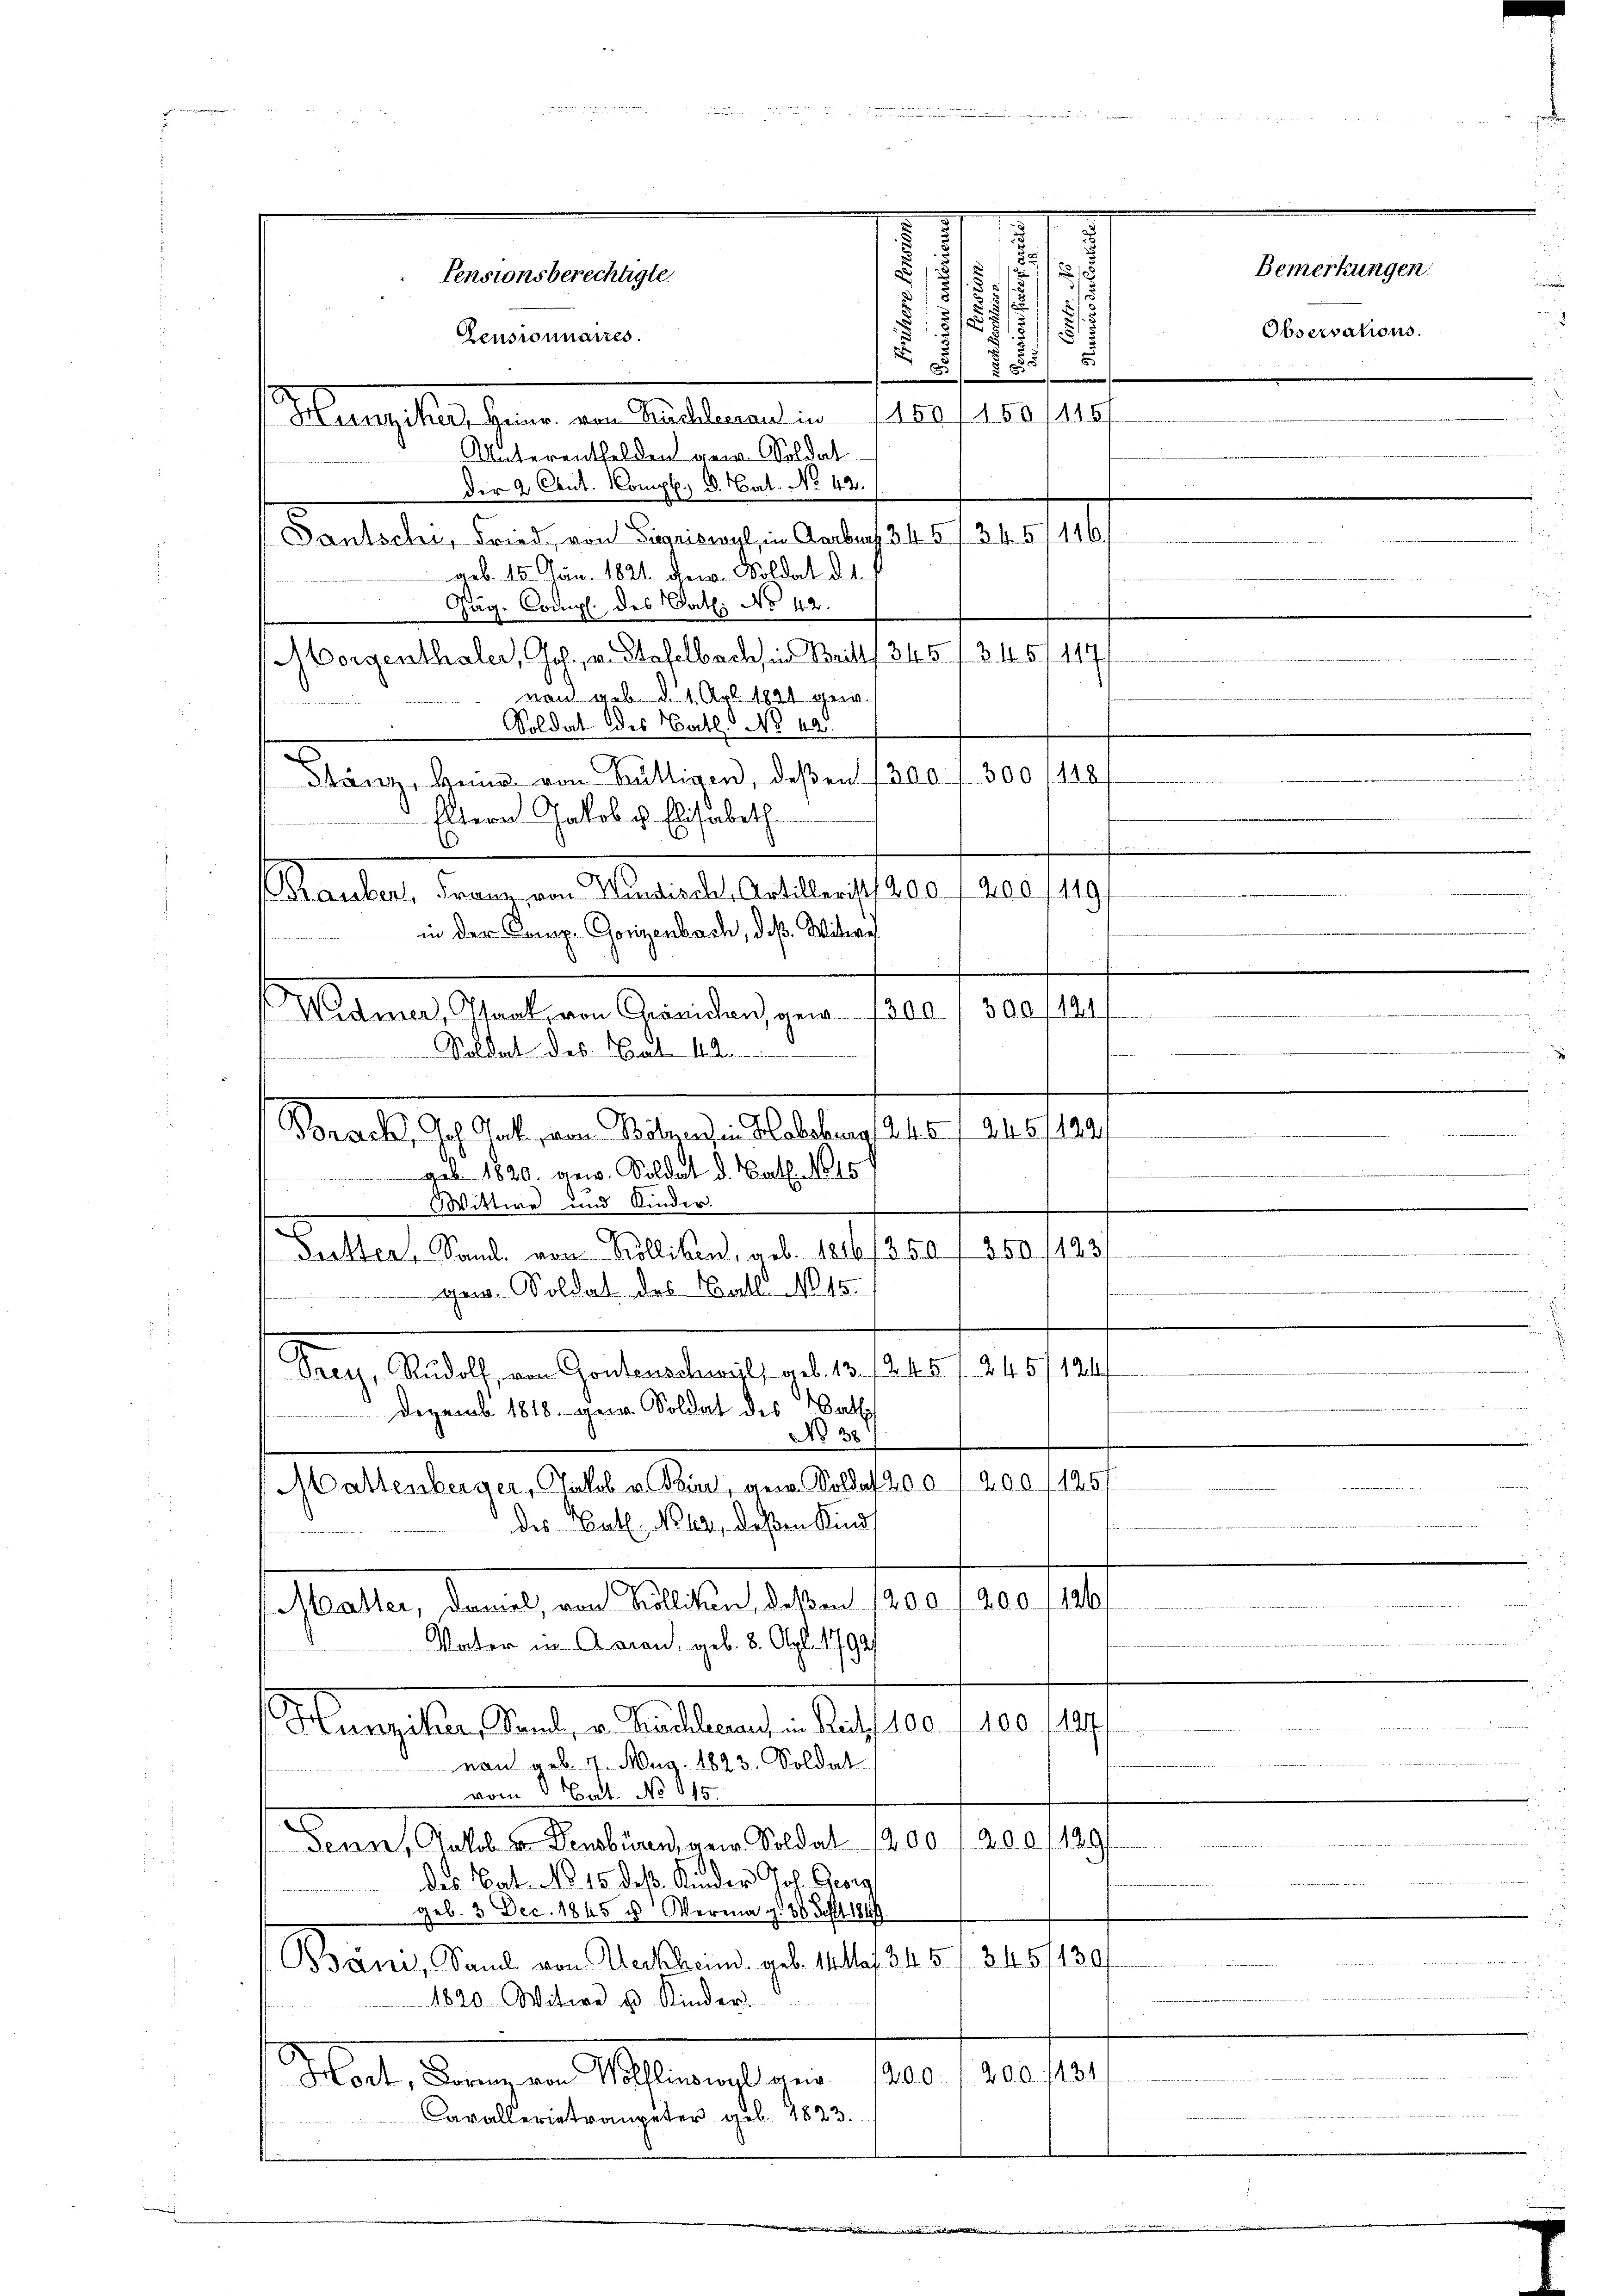
Pensionsberechtigte.

Zensionnaires.
Mangeleischenen an Fallement en
Unterentfelden gew. Soldat
Dir 2 Cout. Komp., d. Cat. No 42.
Dantschi, Fried, von Sigriswyl, in Aarbusf 34 5/ 34. 57146/
geb. 15. Jan. 1821. dem Soldat 21.
Jäg. Comp. des Cath: No 42.
Morgenthaler, Joh. v. Stafelbachsen Britts. 345 f. 3. 145/147
 von geb. d. 1. Apt. 1821 gew.
Soldat des Bat. No 44.
Stönz, Heur von Hüttigen, deßen 300 f 300/118
Eltern Jakob u. Elisabeth
.
Grauber, Franz von Windisch. Artillerist 200. 1200/110
in der Comp. Gorigenbach, daß Witwe
.
300/124/
Mannes Schalian Standers gern hat.
Soldat des Cat. 12
geb. 1820. gew. Soldat d. Cat. No 15.
Wittwe und Kinder.
Puchter, Sand von Köllikon, aus 1816/350, 350 /123,
gew. Soldat des Ball No 15.
Frey, Rudolf, von Gontenschwyl, geb. 13./245 f. 245/124
Dezemb. 1818. gern Soldat des Nathsh
No 38
Maltenberger, Jakob u. Bier, gern. Soldat 200, 200 f 1251
des Cath. Nun, deßen Kind
Matter, damal, von Köllikon, deßen 1200 f 200. 126/
Vater in Aarau, geb. 8. Apl. 1792/
12
Mansehen Sachen Reallanten auf 10. 10.
von geb. 1. Aug. 1823. Soldat
vom 6 Bat. No 115.
120
Senn, Jakob u. Densbüren, gen. Soldat 1200 f 200
des Cat. No 15. des Kinder Joh. Georg
geb. 3 Dec. 1845 u Vermag. 68 Fehlt 1847.
Bäne, Sand von Heckheind geb. 14 taf 34. 5 f. 34. 5/130/
1820. Witwe u Kinder
200. 1431
Mlat, Kanzen Planes von 100
avallerietrompeter geb. 1823.

Brach, Joh. Jak. von Bolzen, in Habsburg, 245 f 24. 5/1231

e
)
s
1
/3
.
u
.
5
150/150/116

.

Bemerkungen.

Observations.